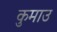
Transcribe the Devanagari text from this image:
कुमाउ